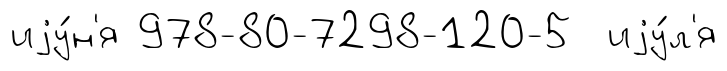
иjу́н'я 978-80-7298-120-5 иjу́л'я